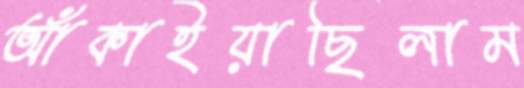
আঁকাইয়াছিলাম